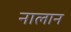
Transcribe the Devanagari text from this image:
नालान